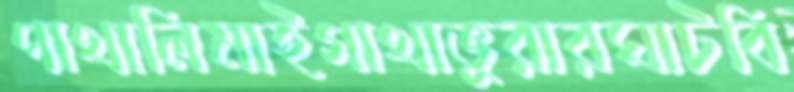
পাথালিমাইগাথাভুরারঘাটবি